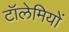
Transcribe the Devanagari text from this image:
टॉलेमियों